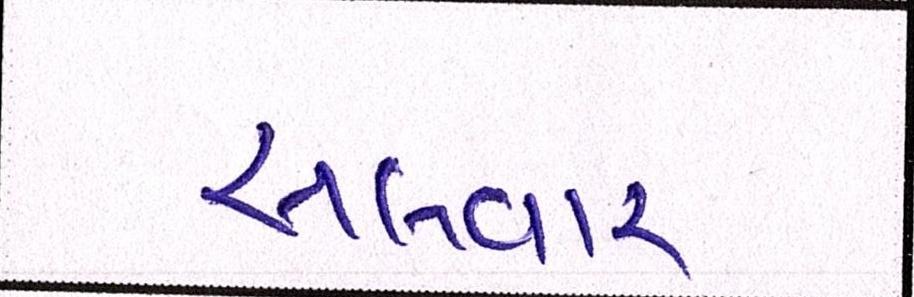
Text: સલવાર